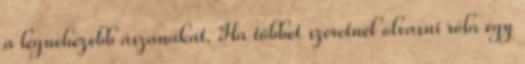
a legnehezebb ászanákat. Ha többet szeretnél olvasni róla egy